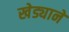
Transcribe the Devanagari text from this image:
खेड्याने